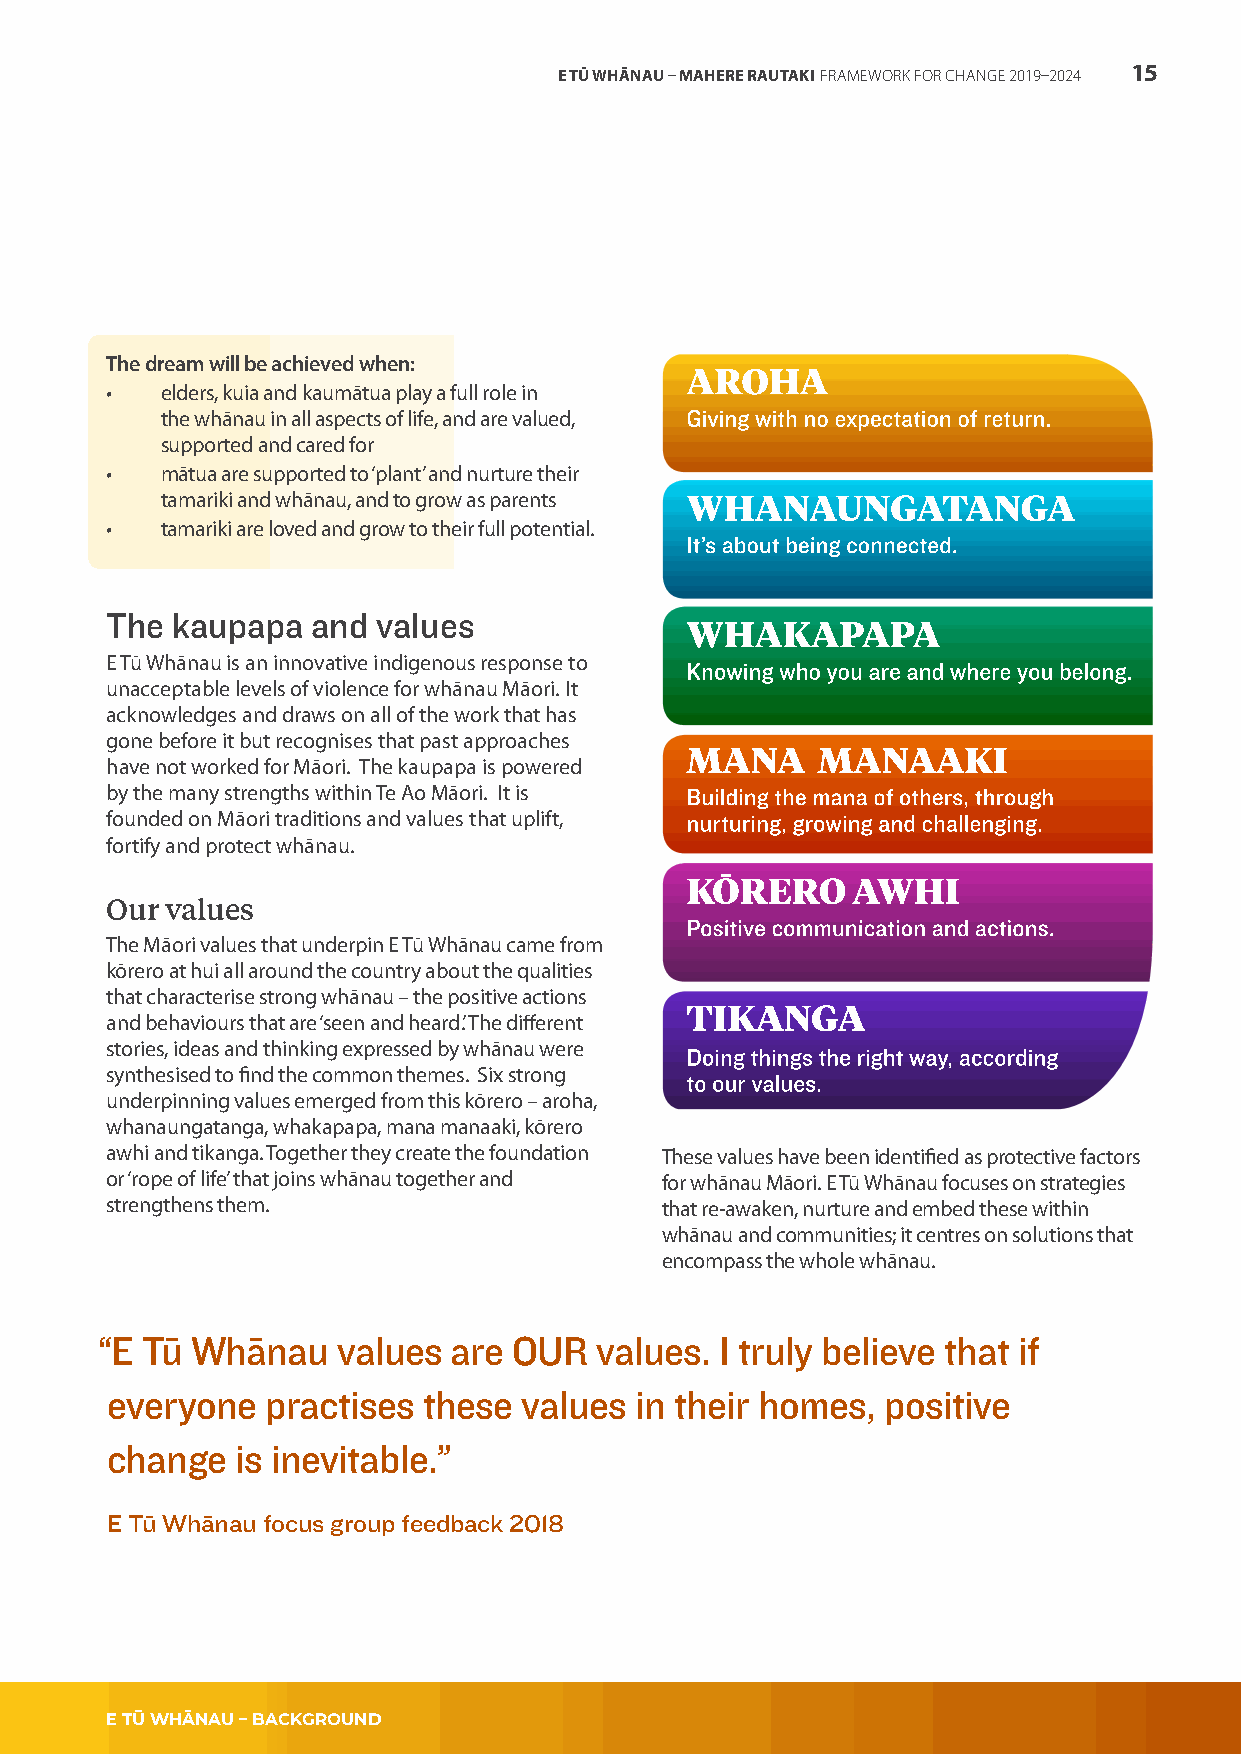
E TŪ WHĀNAU – MAHERE RAUTAKI FRAMEWORK FOR CHANGE 2019–2024 15
 The dream will be achieved when:
 •   elders, kuia and kaumātua play a full role in
 the whānau in all aspects of life, and are valued,
 supported and cared for
 •   mātua are supported to ‘plant’ and nurture their
 tamariki and whānau, and to grow as parents
 •   tamariki are loved and grow to their full potential.
 The kaupapa   and values
 E Tū Whānau is an innovative indigenous response to
 unacceptable levels of violence for whānau Māori. It
 acknowledges and draws on all of the work that has
 gone before it but recognises that past approaches
 have not worked for Māori. The kaupapa is powered
 by the many strengths within Te Ao Māori. It is
 founded on Māori traditions and values that uplift,
 fortify and protect whānau.
 Our values
 The Māori values that underpin E Tū Whānau came from
 kōrero at hui all around the country about the qualities
 that characterise strong whānau – the positive actions
 and behaviours that are ‘seen and heard’. The different
 stories, ideas and thinking expressed by whānau were
 synthesised to find the common themes. Six strong
 underpinning values emerged from this kōrero – aroha,
 whanaungatanga, whakapapa, mana manaaki, kōrero
 awhi and tikanga. Together they create the foundation These values have been identified as protective factors
 or ‘rope of life’ that joins whānau together and for whānau Māori. E Tū Whānau focuses on strategies
 strengthens them.                    that re-awaken, nurture and embed these within
 whānau and communities; it centres on solutions that
 encompass the whole whānau.
 “E Tū Whānau   values  are OUR  values.  I truly believe that if
 everyone   practises these  values in their homes, positive
 change   is inevitable.”
 E Tū Whānau focus group feedback 2018
 E TŪ WHĀNAU – BACKGROUND